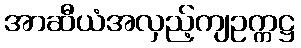
အာဆီယံအလှည့်ကျဥက္ကဋ္ဌ